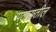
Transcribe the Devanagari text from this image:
पठारातील